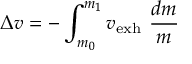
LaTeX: \Delta { v } = - \int _ { m _ { 0 } } ^ { m _ { 1 } } { v _ { \mathrm { e x h } } \ { \frac { d m } { m } } }